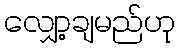
လျှော့ချမည်ဟု